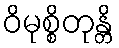
ဝိမုစ္စိတုန္တိ